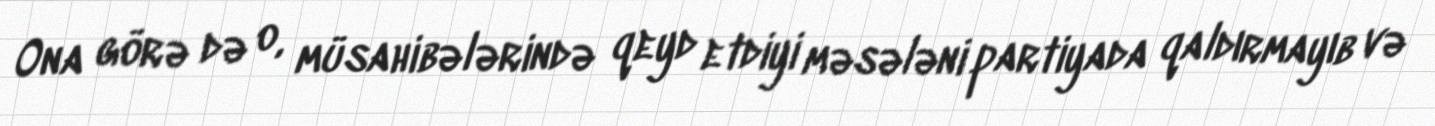
Ona görə də o, müsahibələrində qeyd etdiyi məsələni partiyada qaldırmayıb və